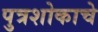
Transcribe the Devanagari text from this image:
पुत्रशोकाचे